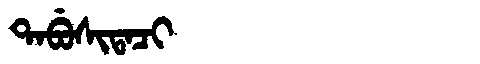
Manchu: ᡨᠠᠪᡠᠰᡳᡨᠠᠴᡳ
Romanization: TABUSITACI